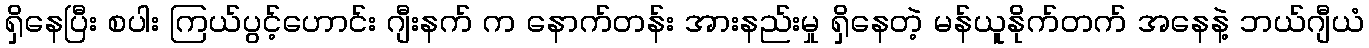
ရှိနေပြီး စပါး ကြယ်ပွင့်ဟောင်း ဂျီးနက် က နောက်တန်း အားနည်းမှု ရှိနေတဲ့ မန်ယူနိုက်တက် အနေနဲ့ ဘယ်ဂျီယံ